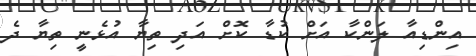
އިންޑިއާ ލަންކާ އަށް ކުޑާ ކޮށް އަދި ތިޔާ އުޅެނީ ތިޔާ ދެ